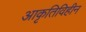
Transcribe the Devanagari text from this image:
आकृतिविहीन